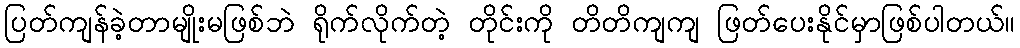
ပြတ်ကျန်ခဲ့တာမျိုးမဖြစ်ဘဲ ရိုက်လိုက်တဲ့ တိုင်းကို တိတိကျကျ ဖြတ်ပေးနိုင်မှာဖြစ်ပါတယ်။